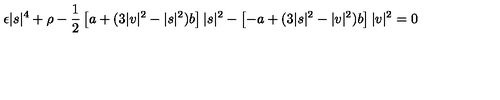
\epsilon | s | ^ { 4 } + \rho - { \frac { 1 } { 2 } } \left[ a + ( 3 | v | ^ { 2 } - | s | ^ { 2 } ) b \right] | s | ^ { 2 } - \left[ - a + ( 3 | s | ^ { 2 } - | v | ^ { 2 } ) b \right] | v | ^ { 2 } = 0